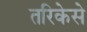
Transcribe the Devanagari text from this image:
तरिकेसे